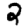
Digit: 2